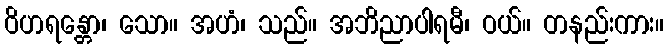
ဝိဟရန္တော၊ သော။ အဟံ၊ သည်။ အဘိညာပါရမီ၊ ဝယ်။ တနည်းကား။